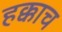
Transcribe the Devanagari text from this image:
हक्काच